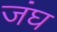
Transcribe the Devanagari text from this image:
जंघ